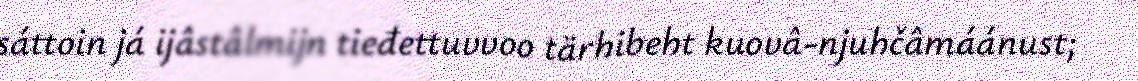
sáttoin já ijâstâlmijn tieđettuvvoo tärhibeht kuovâ-njuhčâmáánust;